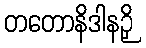
တတောနိဒါနဉှိ